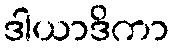
ဒါယာဒိကာ